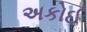
અકોઈ